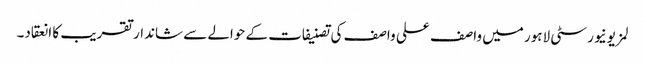
لمز یونیورسٹی لاہور میں واصف علی واصف کی تصنیفات کے حوالے سے شاندار تقریب کا انعقاد۔